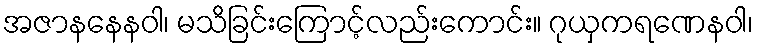
အဇာနနေနဝါ၊ မသိခြင်းကြောင့်လည်းကောင်း။ ဂုယှကရဏေနဝါ၊